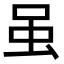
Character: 虽